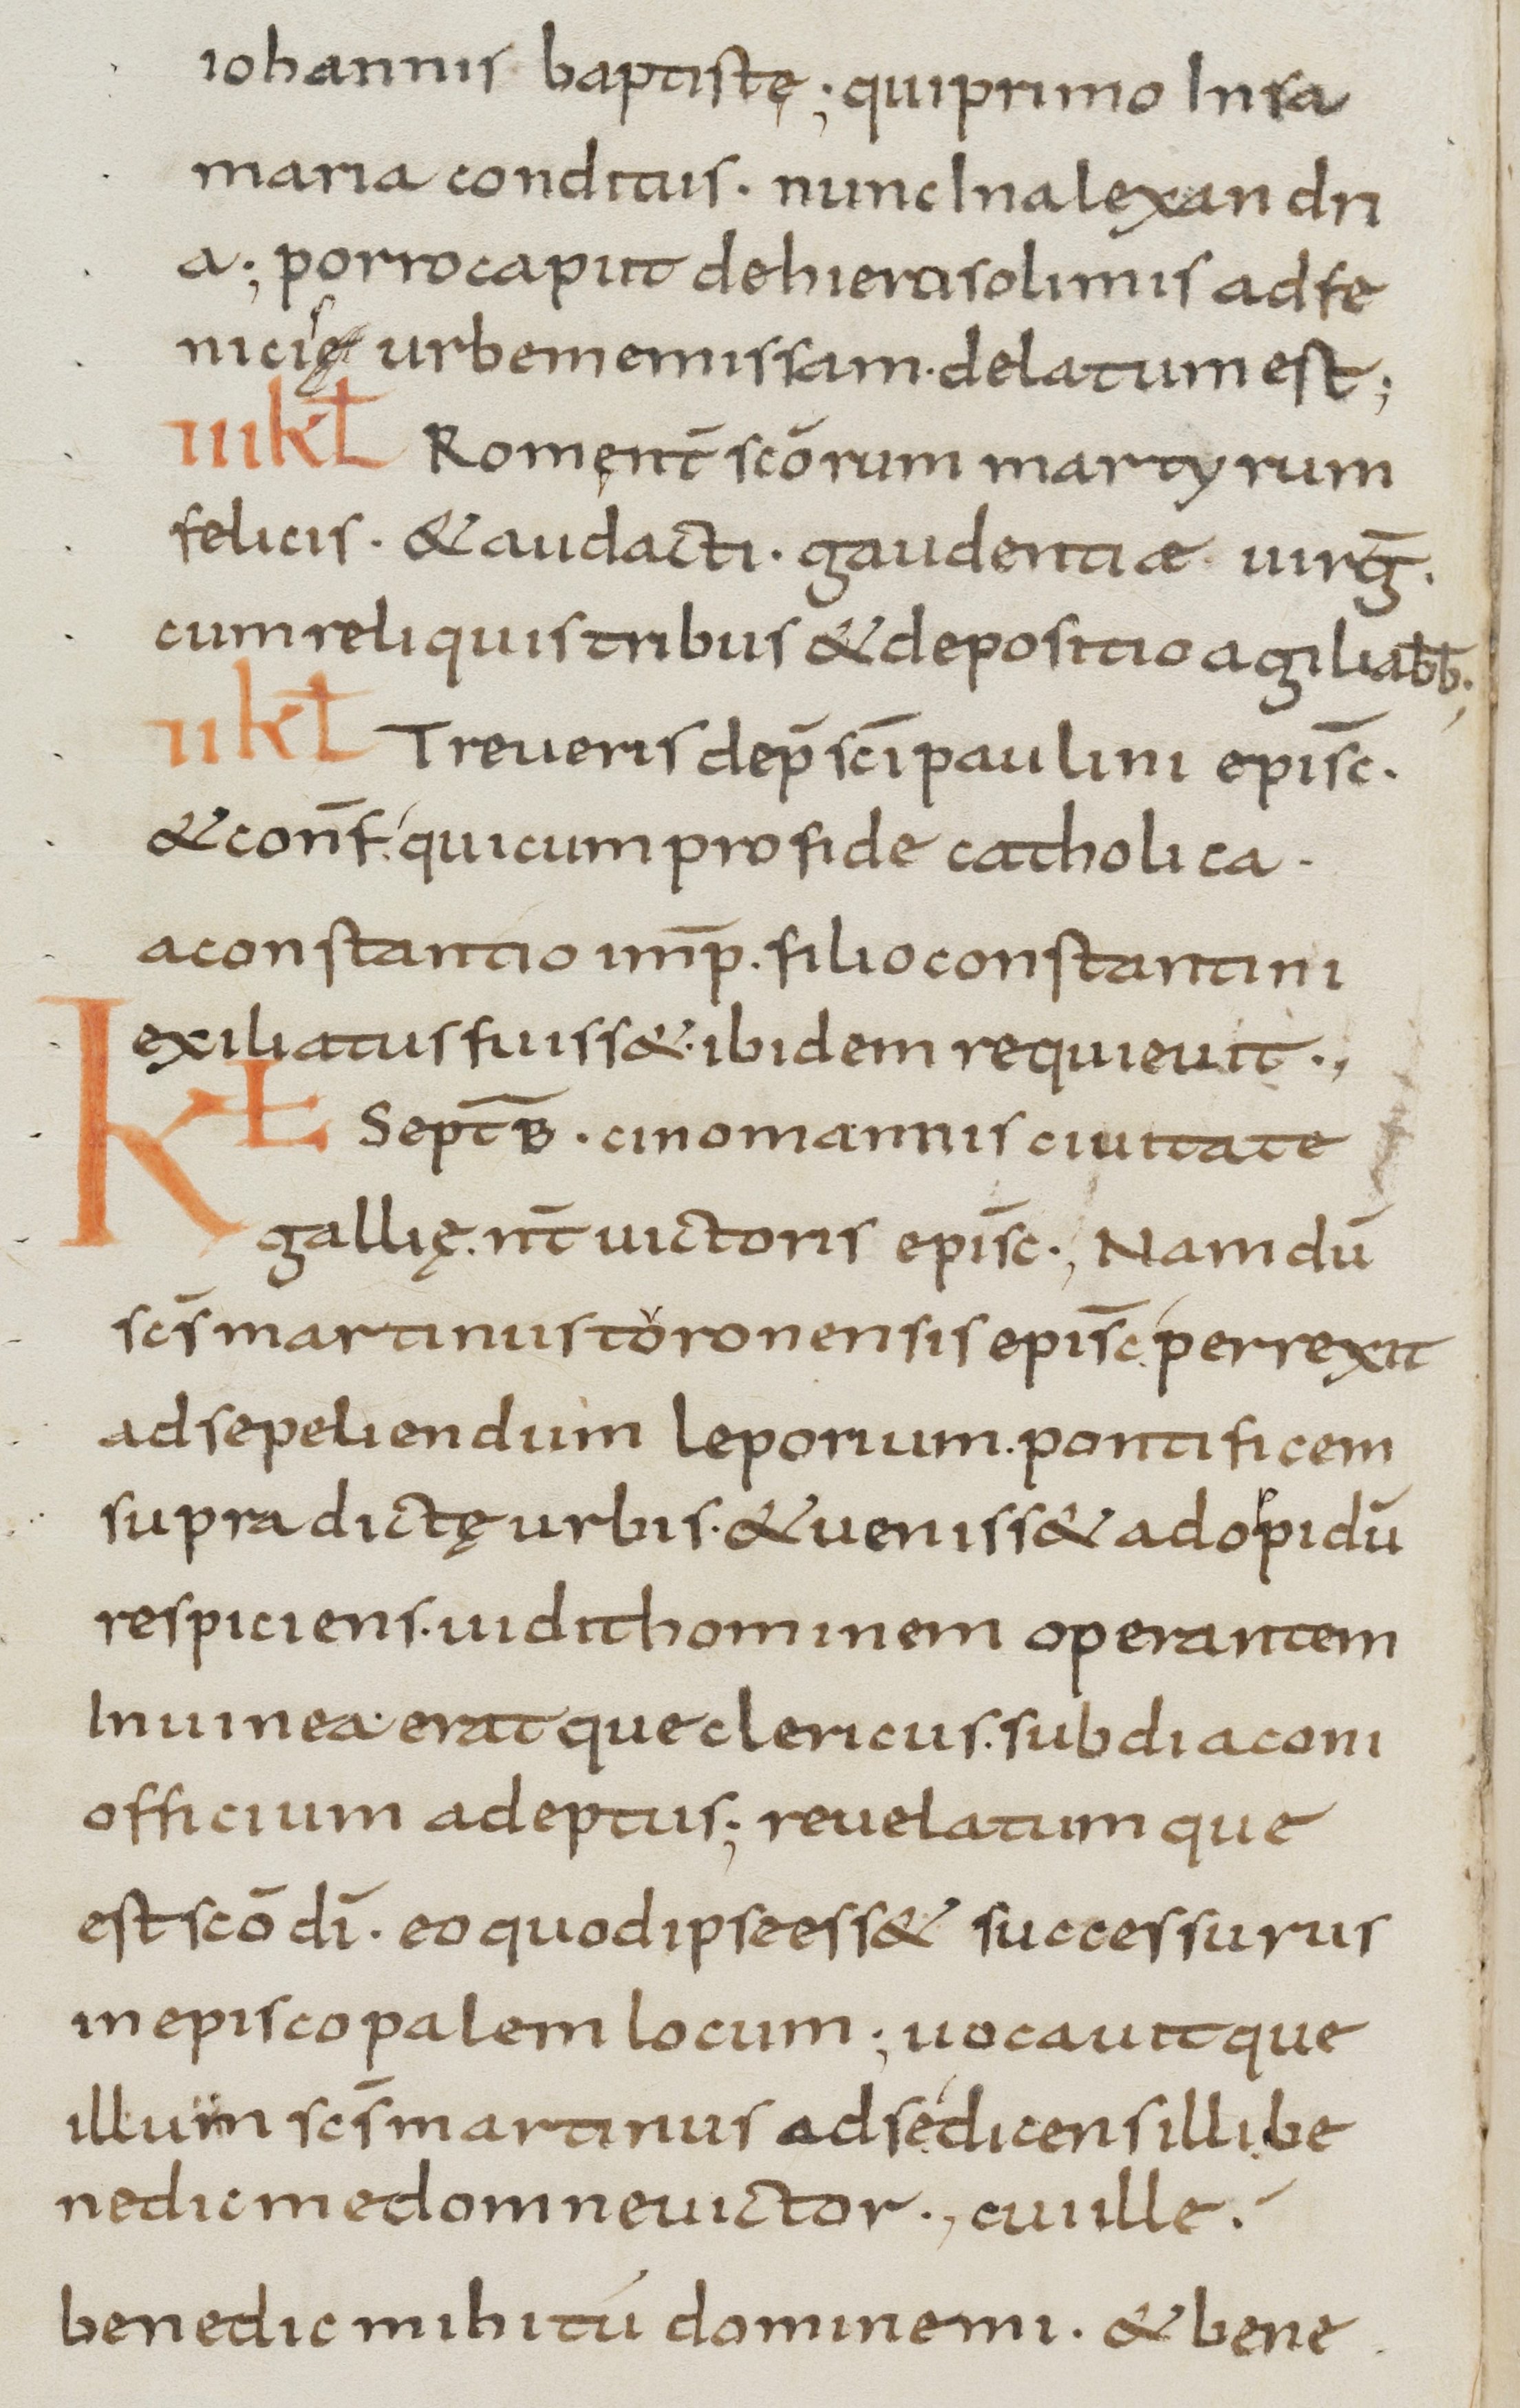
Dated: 800–899